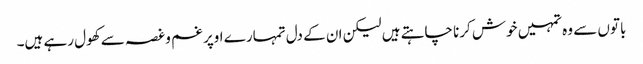
باتوں سے وہ تمہیں خوش کرنا چاہتے ہیں لیکن ان کے دل تمہارے اوپر غم و غصہ سے کھول رہے ہیں۔